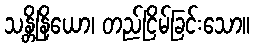
သန္တိနြိယော၊ တည်ငြိမ်ခြင်းသော။